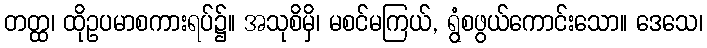
တတ္ထ၊ ထိုဥပမာစကားရပ်၌။ အသုစိမှိ၊ မစင်မကြယ်, ရွံစဖွယ်ကောင်းသော။ ဒေသေ၊